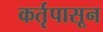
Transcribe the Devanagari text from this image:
कर्तृपासून